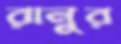
রানুর